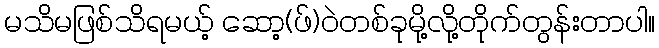
မသိမဖြစ်သိရမယ့် ဆော့(ဖ်)၀ဲတစ်ခုမို့လို့တိုက်တွန်းတာပါ။